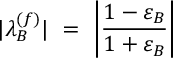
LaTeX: | \lambda _ { B } ^ { ( f ) } | \ = \ \left| \frac { 1 - \varepsilon _ { B } } { 1 + \varepsilon _ { B } } \right|